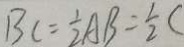
B C = \frac { 1 } { 2 } A B = \frac { 1 } { 2 } (